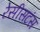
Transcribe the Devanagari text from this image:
रेसीसटंस